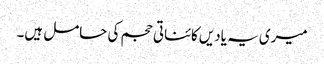
میری یہ یادیں کائناتی حجم کی حامل ہیں۔